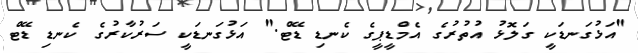
"އަޅުގަނޑަކީ ގަލޮޅު އުތުރުގެ އެމްޑީޕީގެ ކެނޑި ޑޭޓް." އަޅުގަނޑަކީ ސަރުކާރުގެ ކެނޑި ޑޭޓް